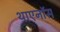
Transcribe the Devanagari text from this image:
थाएनॉस